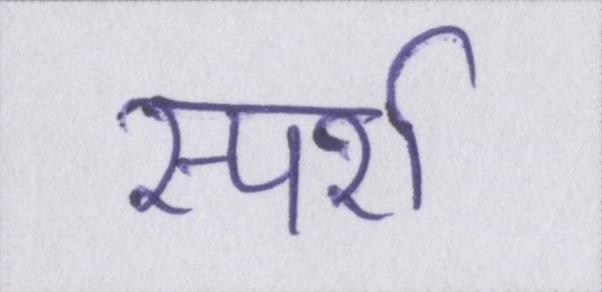
स्पर्श